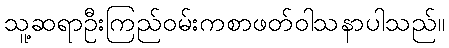
သူ့ဆရာဦးကြည်ဝမ်းကစာဖတ်ဝါသနာပါသည်။